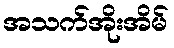
အသက်အိုးအိမ်